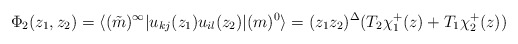
\begin{align*}\Phi_2 (z_1 , z_2)=\langle (\tilde{m})^{\infty}|u_{kj} (z_1)u_{il} (z_2)| (m)^0\rangle = (z_1 z_2)^{\Delta} (T_2 \chi_1^+ (z)+T_1 \chi_2^+ (z))\end{align*}